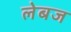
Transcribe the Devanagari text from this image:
लेबज